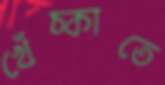
খেঁচ্‌কাতে